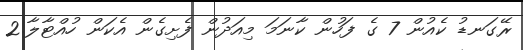
ރޭގަނޑު ކެއުން 7 ގެ ފަހުން ކާނަމަ މިއަދުން ފެށިގެން އެކަން ހުއްޓާލާ!2